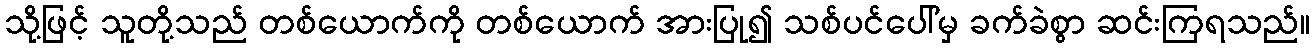
သို့ဖြင့် သူတို့သည် တစ်ယောက်ကို တစ်ယောက် အားပြု၍ သစ်ပင်ပေါ်မှ ခက်ခဲစွာ ဆင်းကြရသည်။